Indian journal of veterinary science and animal husbandry - Volumes 22-23, 1952-1953
Year: 1952
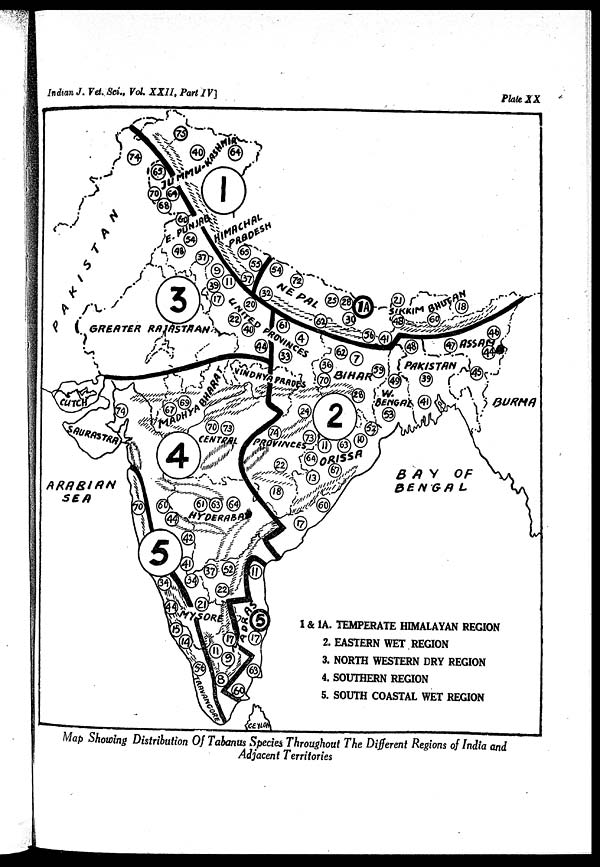
Indian J. Vet. Sci., Vol. XXII, Part IV]
Plate XX
Map Showing Distribution Of Tabanus Species Throughout The Different Regions of India and
Adjacent Territories